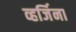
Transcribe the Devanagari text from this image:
व्हर्जिना